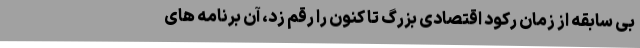
بی سابقه از زمان رکود اقتصادی بزرگ تا کنون را رقم زد، آن برنامه های